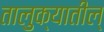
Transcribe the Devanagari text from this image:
तालुक्यातील्